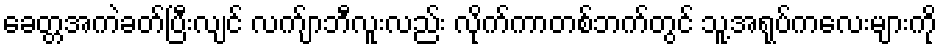
ခေတ္တအကဲခတ်ပြီးလျင် လက်ျာဘီလူးလည်း လိုက်ကာတစ်ဘက်တွင် သူ့အရုပ်ကလေးများကို